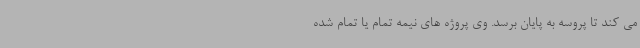
می کند تا پروسه به پایان برسد. وی پروژه های نیمه تمام یا تمام شده